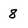
Character: 8